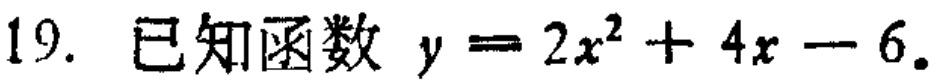
19. 已知函数 \(y = 2x^{2}+4x - 6\)。